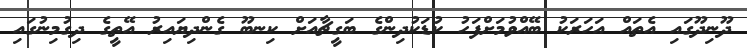
ދޫނިދޫގައި އެތައް އަހަރަކު ބޭއްވުމަށްފަހު ކުޑަކުދިންގެ ބަގީޗާއަށް ކިނބޫ ގެންދިޔައިރު އޭތީގެ ދިގުމިނުގައި